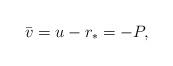
LaTeX: \begin{align*}{ \bar{v}} =u-r_*=-P,\end{align*}